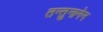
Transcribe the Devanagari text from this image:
तन्तुनानेन